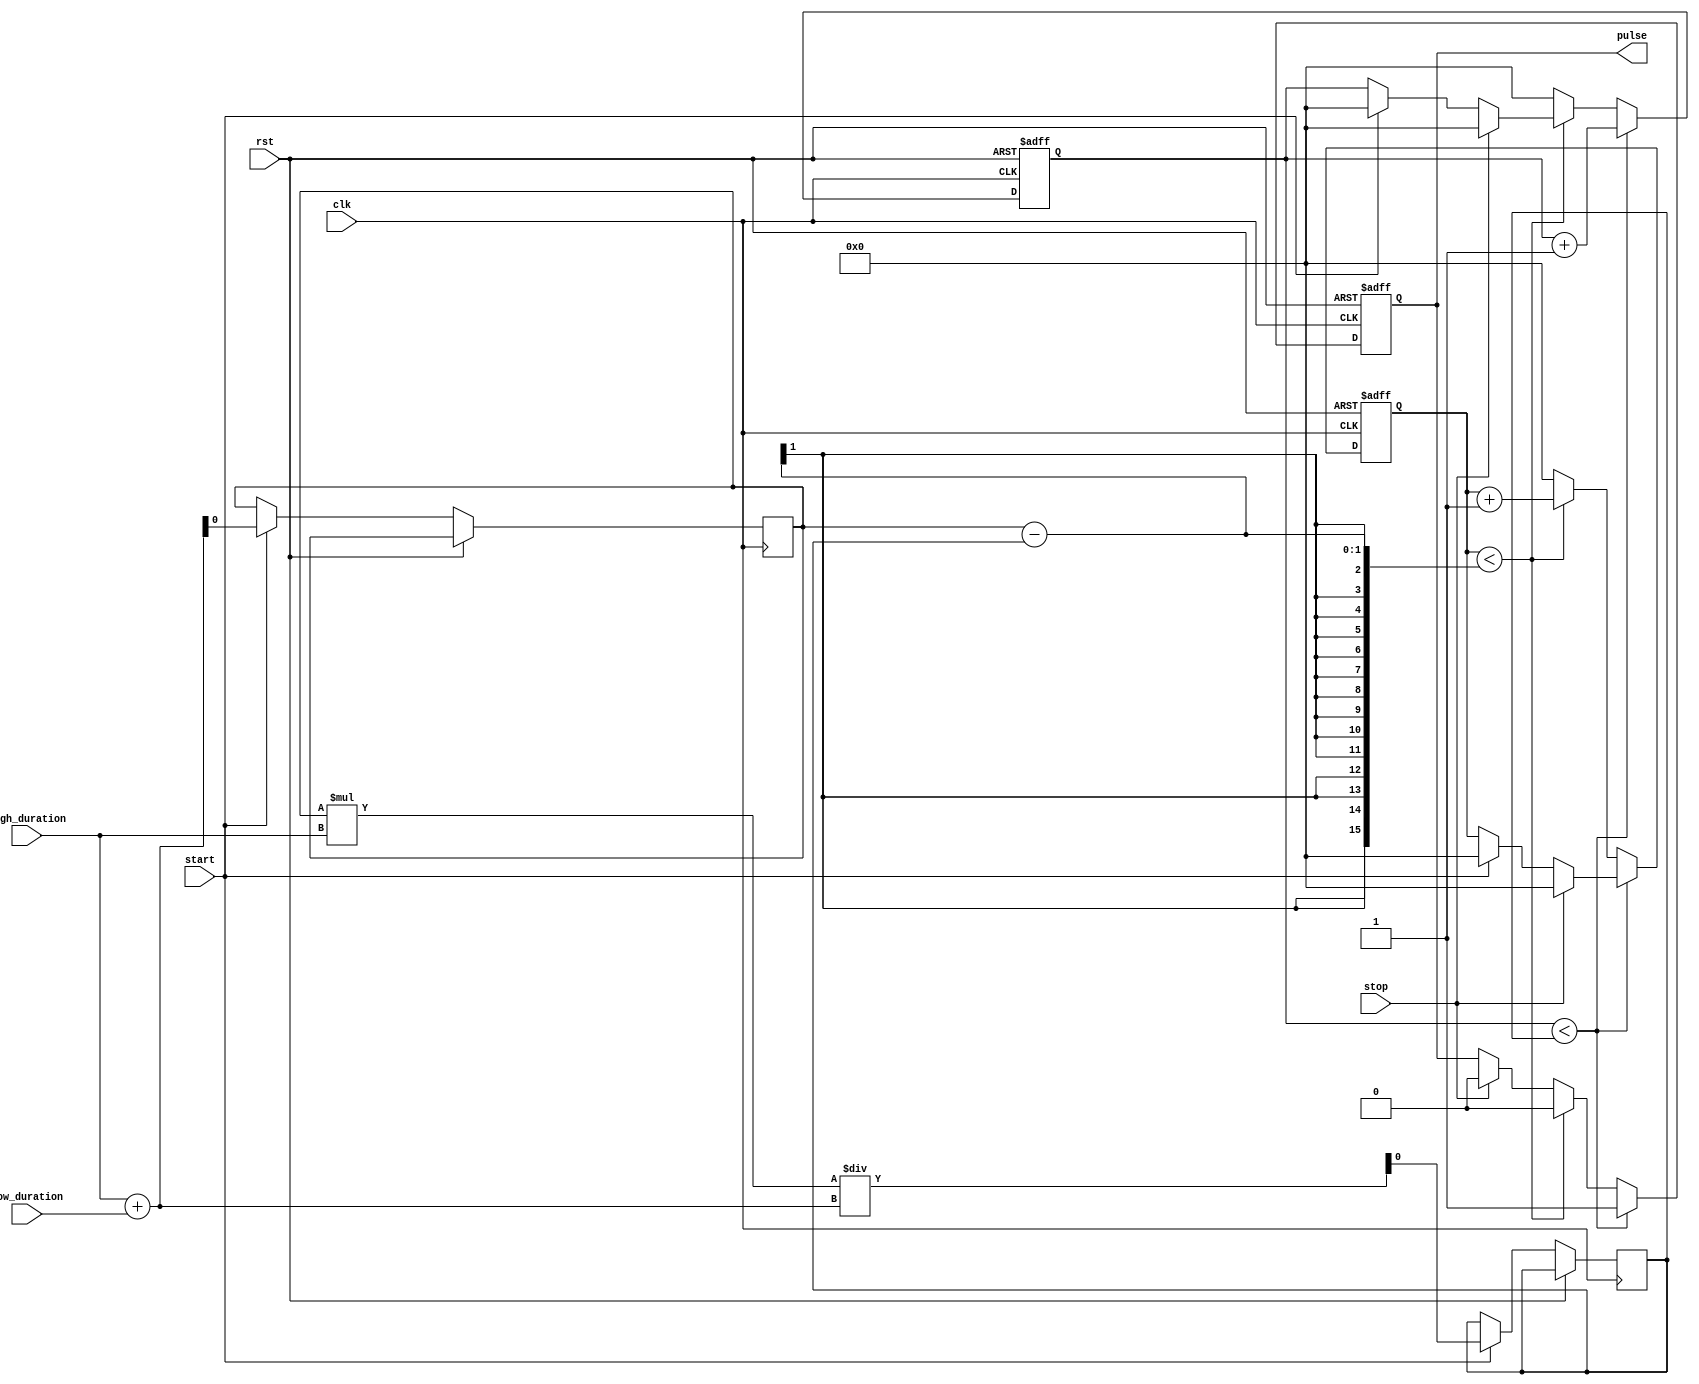
module duty_cycle_pulse_generator (
    input clk,
    input rst,
    input start,
    input stop,
    input [15:0] high_duration,
    input [15:0] low_duration,
    output reg pulse
);

reg [15:0] counter_high;
reg [15:0] counter_low;
reg duty_cycle;
reg pulse_width;

always @(posedge clk or posedge rst) begin
    if (rst) begin
        counter_high <= 0;
        counter_low <= 0;
        pulse <= 0;
    end else begin
        if (start) begin
            counter_high <= 0;
            counter_low <= 0;
            duty_cycle <= high_duration + low_duration;
            pulse_width <= (duty_cycle * high_duration) / (high_duration + low_duration);
        end 
        
        if (stop) begin
            counter_high <= 0;
            counter_low <= 0;
            pulse <= 0;
        end 
        
        if (counter_high < pulse_width) begin
            pulse <= 1;
            counter_high <= counter_high + 1;
        end else if (counter_low < (duty_cycle - pulse_width)) begin
            pulse <= 0;
            counter_low <= counter_low + 1;
        end else begin
            counter_high <= 0;
            counter_low <= 0;
        end
    end
end

endmodule